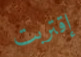
إقتربت